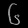
Digit: ၆